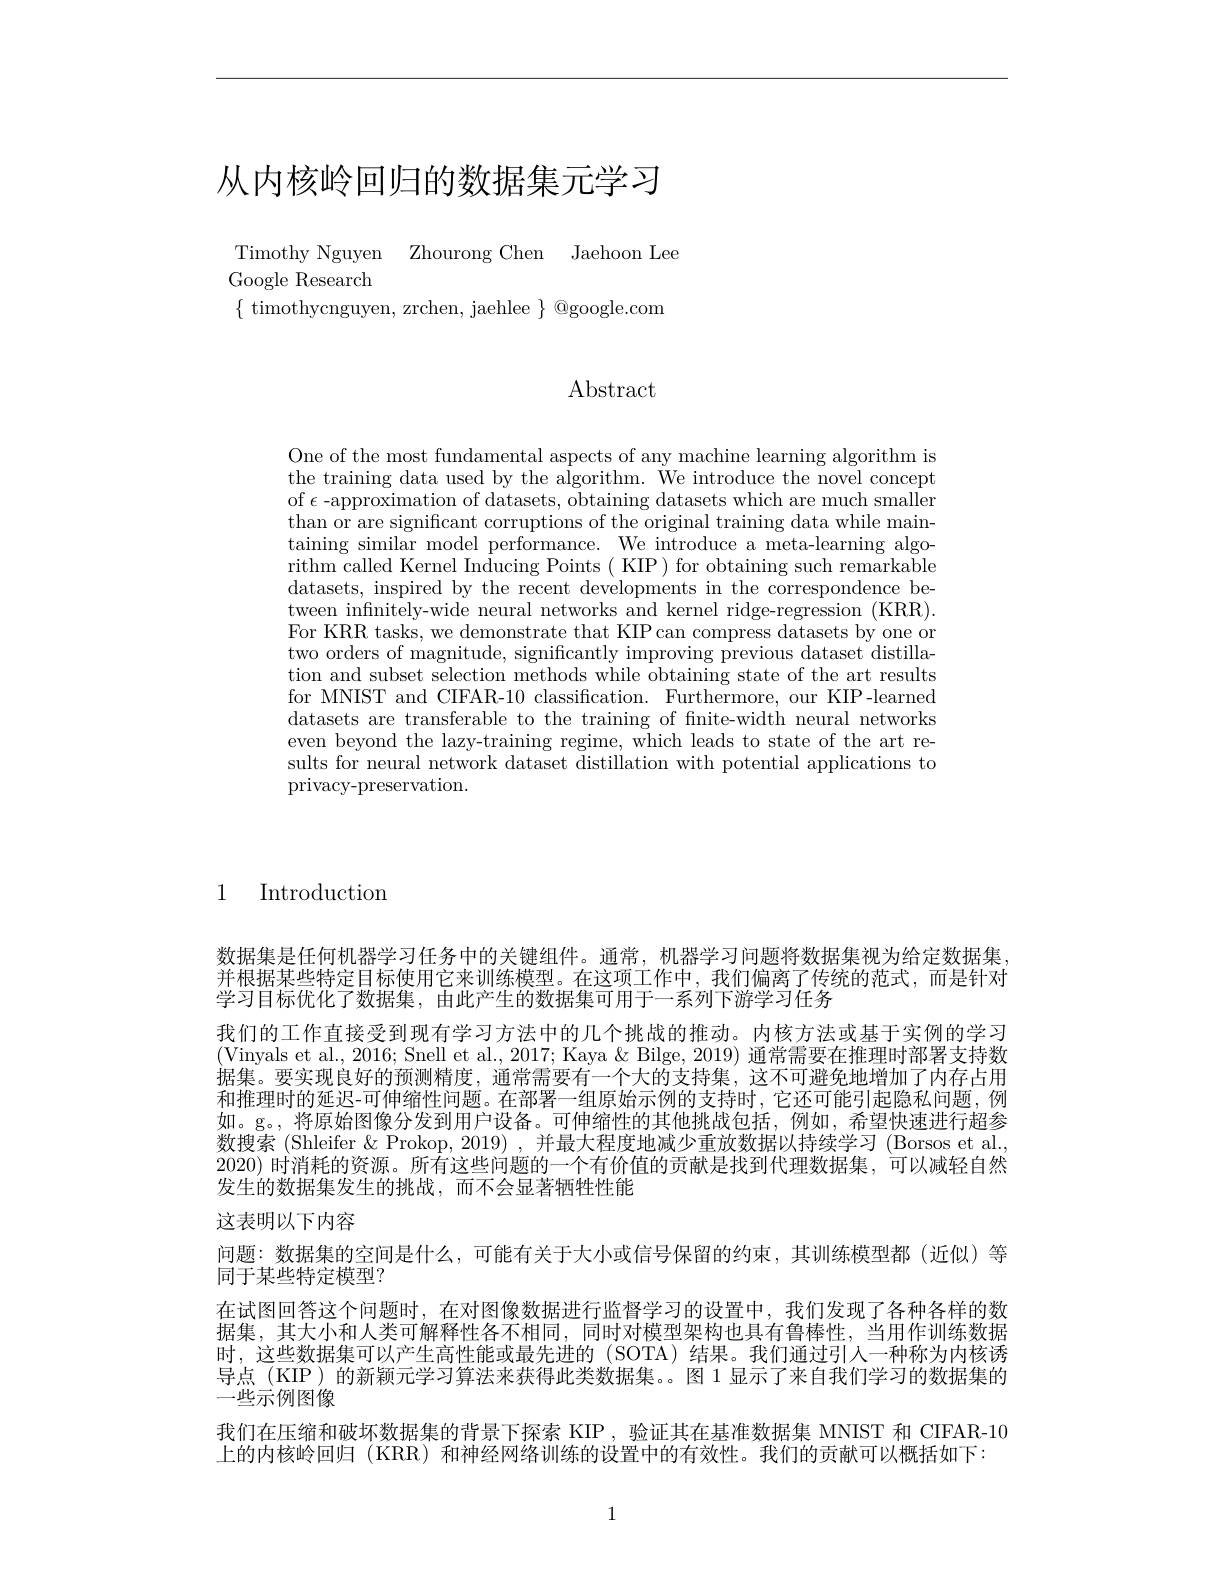
# 从内核岭回归的数据集元学习

Timothy Nguyen Zhourong Chen Jaehoon Lee
Google Research
$\{$ timothycnguyen, zrchen, jaehlee $\}$ @google.com

Abstract

One of the most fundamental aspects of any machine learning algorithm is the training data used by the algorithm. We introduce the novel concept of $\epsilon$-approximation of datasets, obtaining datasets which are much smaller than or are significant corruptions of the original training data while maintaining similar model performance. We introduce a meta-learning algorithm called Kernel Inducing Points( KIP) for obtaining such remarkable datasets, inspired by the recent developments in the correspondence between infinitely-wide neural networks and kernel ridge-regression (KRR). For KRR tasks, we demonstrate that KIP can compress datasets by one or two orders of magnitude, significantly improving previous dataset distillation and subset selection methods while obtaining state of the art results for MNIST and CIFAR-10 classification. Furthermore, our KIP-learned datasets are transferable to the training of finite-width neural networks even beyond the lazy-training regime, which leads to state of the art results for neural network dataset distillation with potential applications to privacy-preservation.

1 Introduction

数据集是任何机器学习任务中的关键组件。通常，机器学习问题将数据集视为给定数据集， 并根据某些特定目标使用它来训练模型。在这项工作中，我们偏离了传统的范式，而是针对学习目标优化了数据集，由此产生的数据集可用于一系列下游学习任务
我们的工作直接受到现有学习方法中的几个挑战的推动。内核方法或基于实例的学习(Vinyals et al., 2016; Snell et al., 2017; Kaya & Bilge, 2019) 通常需要在推理时部署支持数据集。要实现良好的预测精度，通常需要有一个大的支持集，这不可避免地增加了内存占用和推理时的延迟-可伸缩性问题。在部署一组原始示例的支持时，它还可能引起隐私问题，例如。g。,将原始图像分发到用户设备。可伸缩性的其他挑战包括，例如，希望快速进行超参数搜索(Shleifer& Prokop, 2019) ,并最大程度地减少重放数据以持续学习 (Borsos et al., 2020) 时消耗的资源。所有这些问题的一个有价值的贡献是找到代理数据集，可以减轻自然发生的数据集发生的挑战，而不会显著牺牲性能
这表明以下内容
问题：数据集的空间是什么，可能有关于大小或信号保留的约束，其训练模型都(近似)等
同于某些特定模型？
在试图回答这个问题时，在对图像数据进行监督学习的设置中，我们发现了各种各样的数据集，其大小和人类可解释性各不相同，同时对模型架构也具有鲁棒性，当用作训练数据时，这些数据集可以产生高性能或最先进的(SOTA)结果。我们通过引人一种称为内核诱导点(KIP)的新颖元学习算法来获得此类数据集。。图 1 显示了来自我们学习的数据集的一些示例图像
我们在压缩和破坏数据集的背景下探索 KIP ,验证其在基准数据集 MNIST 和 CIFAR-10
上的内核岭回归 (KRR) 和神经网络训练的设置中的有效性。我们的贡献可以概括如下：

1